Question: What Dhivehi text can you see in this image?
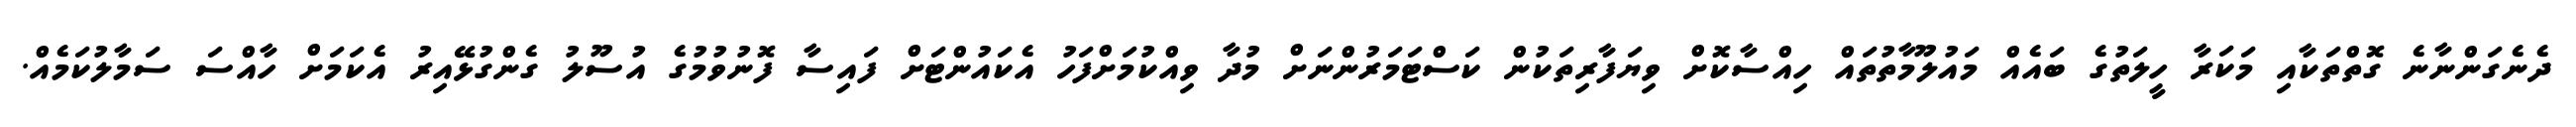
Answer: ދެނެގަންނާނެ ގޮތްތަކާއި މަކަރާ ހީލަތުގެ ބައެއް މައުލޫމާތުތައް ހިއްސާކޮށް ވިޔަފާރިތަކުން ކަސްޓަމަރުންނަށް މުދާ ވިއްކުމަށްފަހު އެކައުންޓަށް ފައިސާ ފޮނުވުމުގެ އުސޫލު ގެންގުޅޭއިރު އެކަމަށް ހާއްސަ ސަމާލުކަމެއް.